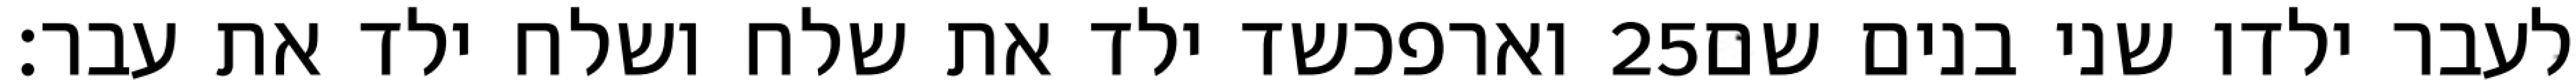
וארפכשד ילד את שלח ושלח ילד את עבר׃ ‎25‏ לעבר ילדו שני בנים שם